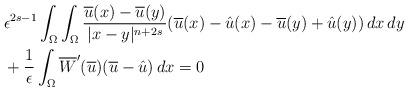
LaTeX: \begin{align*}&\epsilon^{2s-1}\int_{\Omega}{\int_{\Omega}{\frac{\overline{u}(x)-\overline{u}(y)}{|x-y|^{n+2s}}(\overline{u}(x)-\hat{u}(x)-\overline{u}(y)+\hat{u}(y))\,dx\,dy}}\\& +\frac{1}{\epsilon}\int_{\Omega}{\overline{W}'(\overline{u})(\overline{u}-\hat{u})\,dx}=0\end{align*}